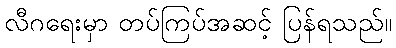
လီဂရေးမှာ တပ်ကြပ်အဆင့် ပြန်ရသည်။